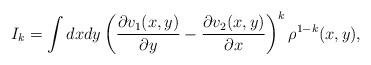
LaTeX: \begin{align*}I_k=\int dxdy \left(\frac{\partial v_1(x,y)}{\partial y}-\frac{\partial v_2(x,y)}{\partial x}\right)^k \rho^{1-k}(x,y),\end{align*}